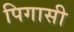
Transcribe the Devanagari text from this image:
पिगासी